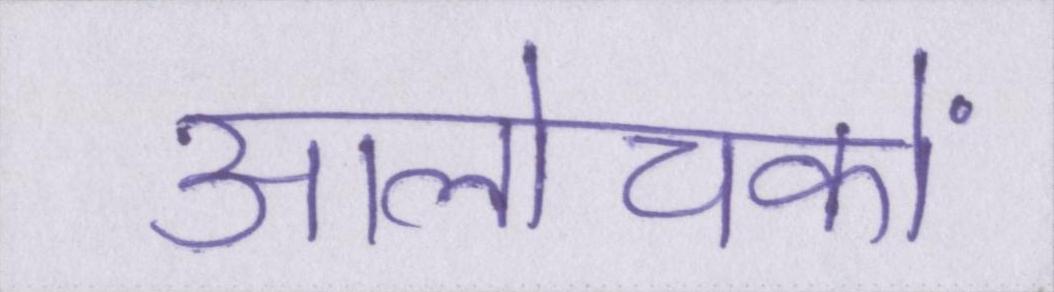
आलोचकों